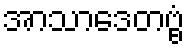
အာသာဒေတဗ္ဗံ